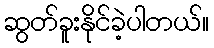
ဆွတ်ခူးနိုင်ခဲ့ပါတယ်။